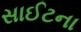
સાઈટના